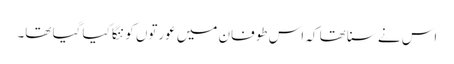
اس نے سنا تھا کہ اس طوفان میں عورتوں کو ننگا کیا گیا تھا۔